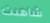
شاهدت